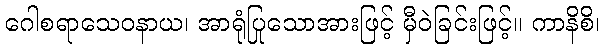
ဂေါစရာသေဝနာယ၊ အာရုံပြုသောအားဖြင့် မှီဝဲခြင်းဖြင့်။ ကာနိစိ၊